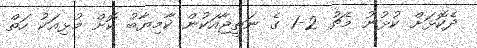
ދެކޮޅަށް ކުޅުނު މެޗު 2-1 ގެ ނަތީޖާއަކުން ކާމިޔާބު ކޮށް މުޅިއަކު ހަތް